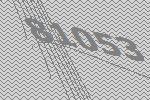
81053